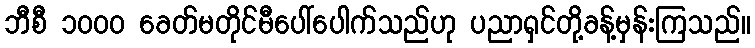
ဘီစီ ၁၀၀၀ ခေတ်မတိုင်မီပေါ်ပေါက်သည်ဟု ပညာရှင်တို့ခန့်မှန်းကြသည်။